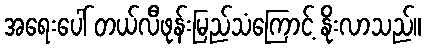
အရေးပေါ် တယ်လီဖုန်းမြည်သံကြောင့် နိုးလာသည်။